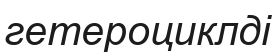
гетероциклді